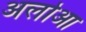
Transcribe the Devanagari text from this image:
अलोआ